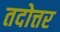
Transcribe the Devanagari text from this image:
तदोत्तर